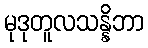
မုဒုတူလသန္နိဘာ